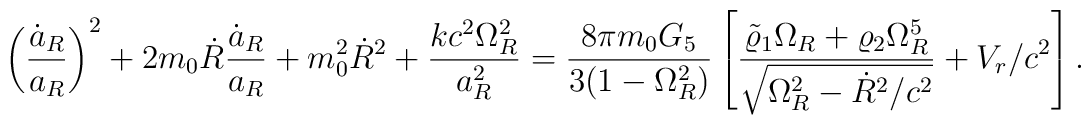
\left({\dot{a}_R\over a_R}\right)^2+2m_0\dot{R}{\dot{a}_R\over a_R}+m^2_0\dot{R}^2+{{kc^2\Omega^2_R}\over a^2_R}={{8\pi m_0G_5}\over{3(1-\Omega^2_R)}}\left[{{\tilde{\varrho}_1\Omega_R+\varrho_2\Omega^5_R}\over\sqrt{\Omega^2_R-\dot{R}^2/c^2}}+V_r/c^2\right].